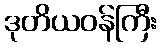
ဒုတိယဝန်ကြီး